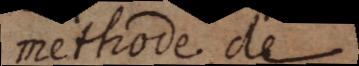
methode. de